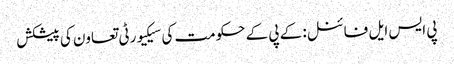
پی ایس ایل فائنل: کے پی کے حکومت کی سیکیورٹی تعاون کی پیشکش